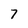
Character: 7